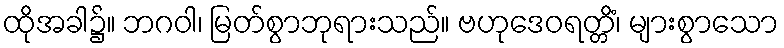
ထိုအခါ၌။ ဘဂဝါ၊ မြတ်စွာဘုရားသည်။ ဗဟုဒေဝရတ္တိံ၊ များစွာသော